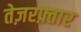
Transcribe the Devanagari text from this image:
तेज़रफ़्तार